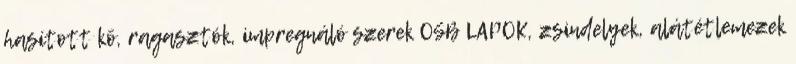
hasított kõ, ragasztók, impregnáló szerek OSB LAPOK, zsindelyek, alátétlemezek